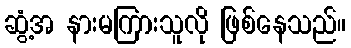
ဆွံ့အ နားမကြားသူလို ဖြစ်နေသည်။